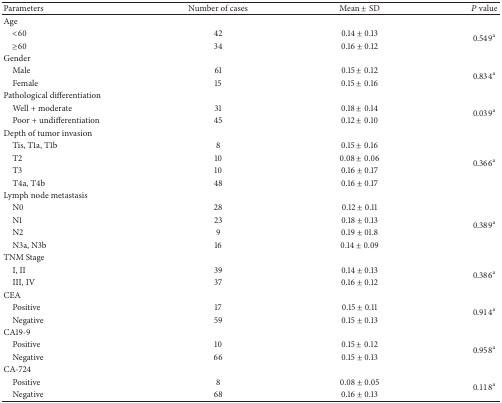
<table><thead><tr><td><b>Parameters</b></td><td><b>Number of cases</b></td><td><b>Mean ± SD</b></td><td><b><i>P</i> value</b></td></tr></thead><tbody><tr><td>Age</td><td> </td><td> </td><td> </td></tr><tr><td> &lt;60</td><td>42</td><td>0.14 ± 0.13</td><td rowspan="2">0.549<sup>a</sup></td></tr><tr><td> ≥60</td><td>34</td><td>0.16 ± 0.12</td></tr><tr><td>Gender</td><td> </td><td> </td><td> </td></tr><tr><td> Male</td><td>61</td><td>0.15 ± 0.12</td><td rowspan="2">0.834<sup>a</sup></td></tr><tr><td> Female</td><td>15</td><td>0.15 ± 0.16</td></tr><tr><td>Pathological differentiation</td><td> </td><td> </td><td> </td></tr><tr><td> Well + moderate</td><td>31</td><td>0.18 ± 0.14</td><td rowspan="2">0.039<sup>a</sup></td></tr><tr><td> Poor + undifferentiation</td><td>45</td><td>0.12 ± 0.10</td></tr><tr><td>Depth of tumor invasion</td><td> </td><td> </td><td> </td></tr><tr><td> Tis, T1a, T1b</td><td>8</td><td>0.15 ± 0.16</td><td rowspan="4">0.366<sup>a</sup></td></tr><tr><td> T2</td><td>10</td><td>0.08 ± 0.06</td></tr><tr><td> T3</td><td>10</td><td>0.16 ± 0.17</td></tr><tr><td> T4a, T4b</td><td>48</td><td>0.16 ± 0.17</td></tr><tr><td>Lymph node metastasis</td><td> </td><td> </td><td> </td></tr><tr><td> N0</td><td>28</td><td>0.12 ± 0.11</td><td rowspan="4">0.389<sup>a</sup></td></tr><tr><td> N1</td><td>23</td><td>0.18 ± 0.13</td></tr><tr><td> N2</td><td>9</td><td>0.19 ± 01.8</td></tr><tr><td> N3a, N3b</td><td>16</td><td>0.14 ± 0.09</td></tr><tr><td>TNM Stage</td><td> </td><td> </td><td> </td></tr><tr><td> I, II</td><td>39</td><td>0.14 ± 0.13</td><td rowspan="2">0.386<sup>a</sup></td></tr><tr><td> III, IV</td><td>37</td><td>0.16 ± 0.12</td></tr><tr><td>CEA</td><td> </td><td> </td><td> </td></tr><tr><td> Positive</td><td>17</td><td>0.15 ± 0.11</td><td rowspan="2">0.914<sup>a</sup></td></tr><tr><td> Negative</td><td>59</td><td>0.15 ± 0.13</td></tr><tr><td>CA19-9</td><td> </td><td> </td><td> </td></tr><tr><td> Positive</td><td>10</td><td>0.15 ± 0.12</td><td rowspan="2">0.958<sup>a</sup></td></tr><tr><td> Negative</td><td>66</td><td>0.15 ± 0.13</td></tr><tr><td>CA-724</td><td> </td><td> </td><td> </td></tr><tr><td> Positive</td><td>8</td><td>0.08 ± 0.05</td><td rowspan="2">0.118<sup>a</sup></td></tr><tr><td> Negative</td><td>68</td><td>0.16 ± 0.13</td></tr></tbody></table>